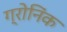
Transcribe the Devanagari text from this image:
ग्रोनिंक